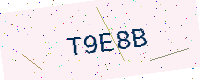
Text: T9E8B